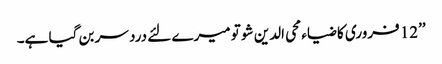
’’12 فروری کا ضیاء محی الدین شو تو میرے لئے درد سر بن گیا ہے۔